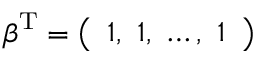
{ \boldsymbol { \beta } } ^ { \mathrm { T } } = { \left( \begin{array} { l } { 1 , \ 1 , \ \dots , \ 1 } \end{array} \right) }